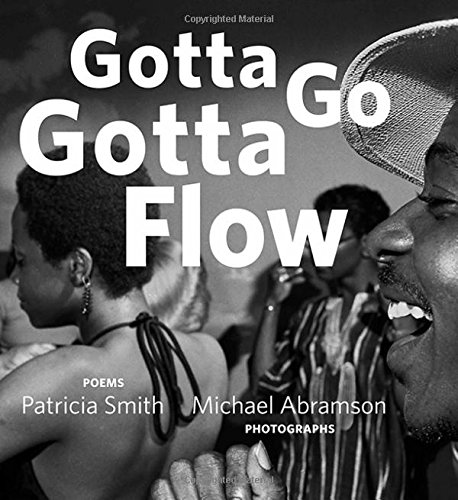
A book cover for Gotta Go Gotta Flow: Life, Love, and Lust on Chicago's South Side From the Seventies; Patricia Smith; Arts & Photography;